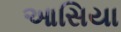
આસિયા